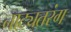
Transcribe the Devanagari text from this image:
नाट्यतरंग